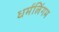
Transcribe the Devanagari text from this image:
धर्मलिंगम